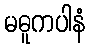
မဓူကပါနံ